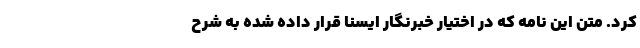
کرد. متن این نامه که در اختیار خبرنگار ایسنا قرار داده شده به شرح